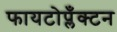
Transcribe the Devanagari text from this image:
फायटोप्लँक्टन